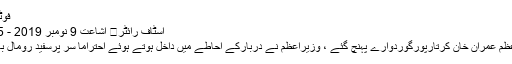
فوٹو میڈیا
اسٹاف رائٹر	 اشاعت 9 نومبر 2019 - 16:15
وزیراعظم عمران خان کرتارپورگوردوارے پہنچ گئے ، وزیراعظم نے دربارکے احاطے میں داخل ہوتے ہوئے احتراماً سر پرسفید رومال باندھ لیا۔